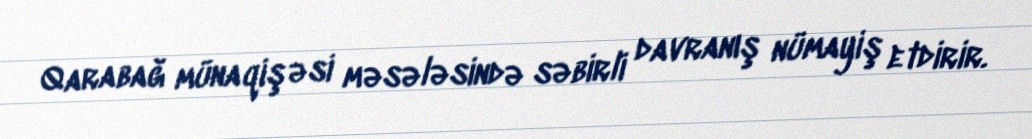
Qarabağ münaqişəsi məsələsində səbirli davranış nümayiş etdirir.